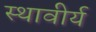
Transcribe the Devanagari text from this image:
स्थावीर्य